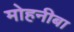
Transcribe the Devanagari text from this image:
मोहनीबा